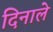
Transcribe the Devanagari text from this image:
दिनाले